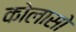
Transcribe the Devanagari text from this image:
कोलासो